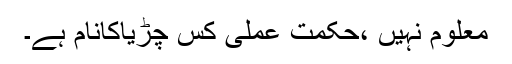
معلوم نہیں ،حکمت عملی کس چڑیاکانام ہے۔